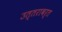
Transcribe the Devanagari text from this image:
उत्तरावर्त